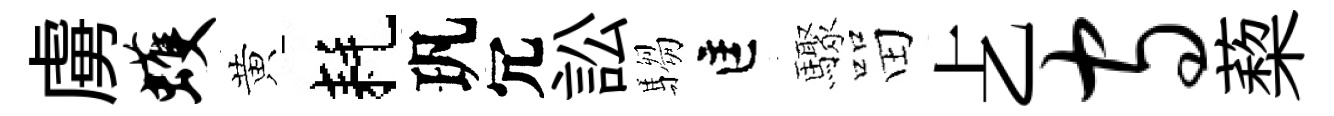
虜蠖黄耗㺬冗訟騶匡驟㽞𠧒守蔾